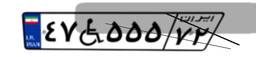
۴۷W۵۵۵۷۲